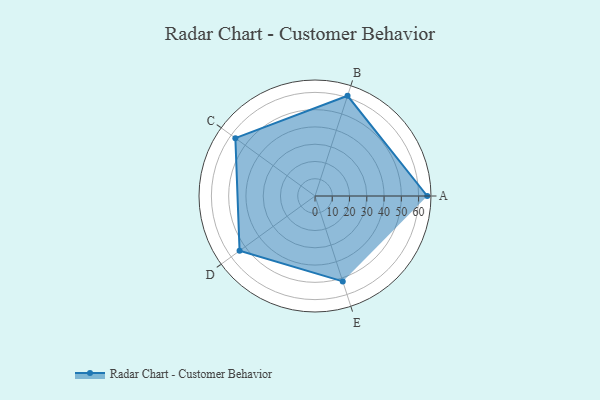
{"axis": {"x": "Skill", "y": "Score"}, "legend": ["Profile"], "data": [{"x": "A", "y": 65.0, "type": "Profile"}, {"x": "B", "y": 61.0, "type": "Profile"}, {"x": "C", "y": 57.0, "type": "Profile"}, {"x": "D", "y": 54.0, "type": "Profile"}, {"x": "E", "y": 52.0, "type": "Profile"}]}